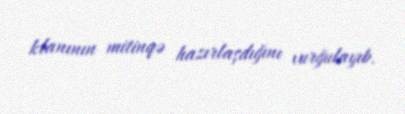
klanının mitinqə hazırlaşdığını vurğulayıb.